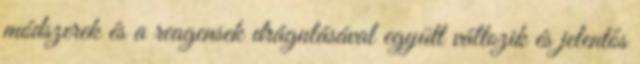
módszerek és a reagensek drágulásával együtt változik és jelentős